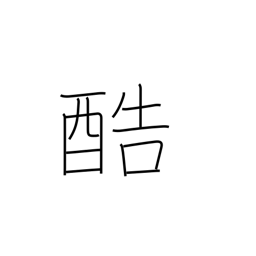
Meaning: severe